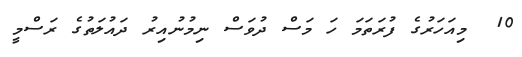
10  މިއަހަރުގެ ފުރަތަމަ ހަ މަސް ދުވަސް ނިމުނުއިރު ދައުލަތުގެ ރަސްމީ